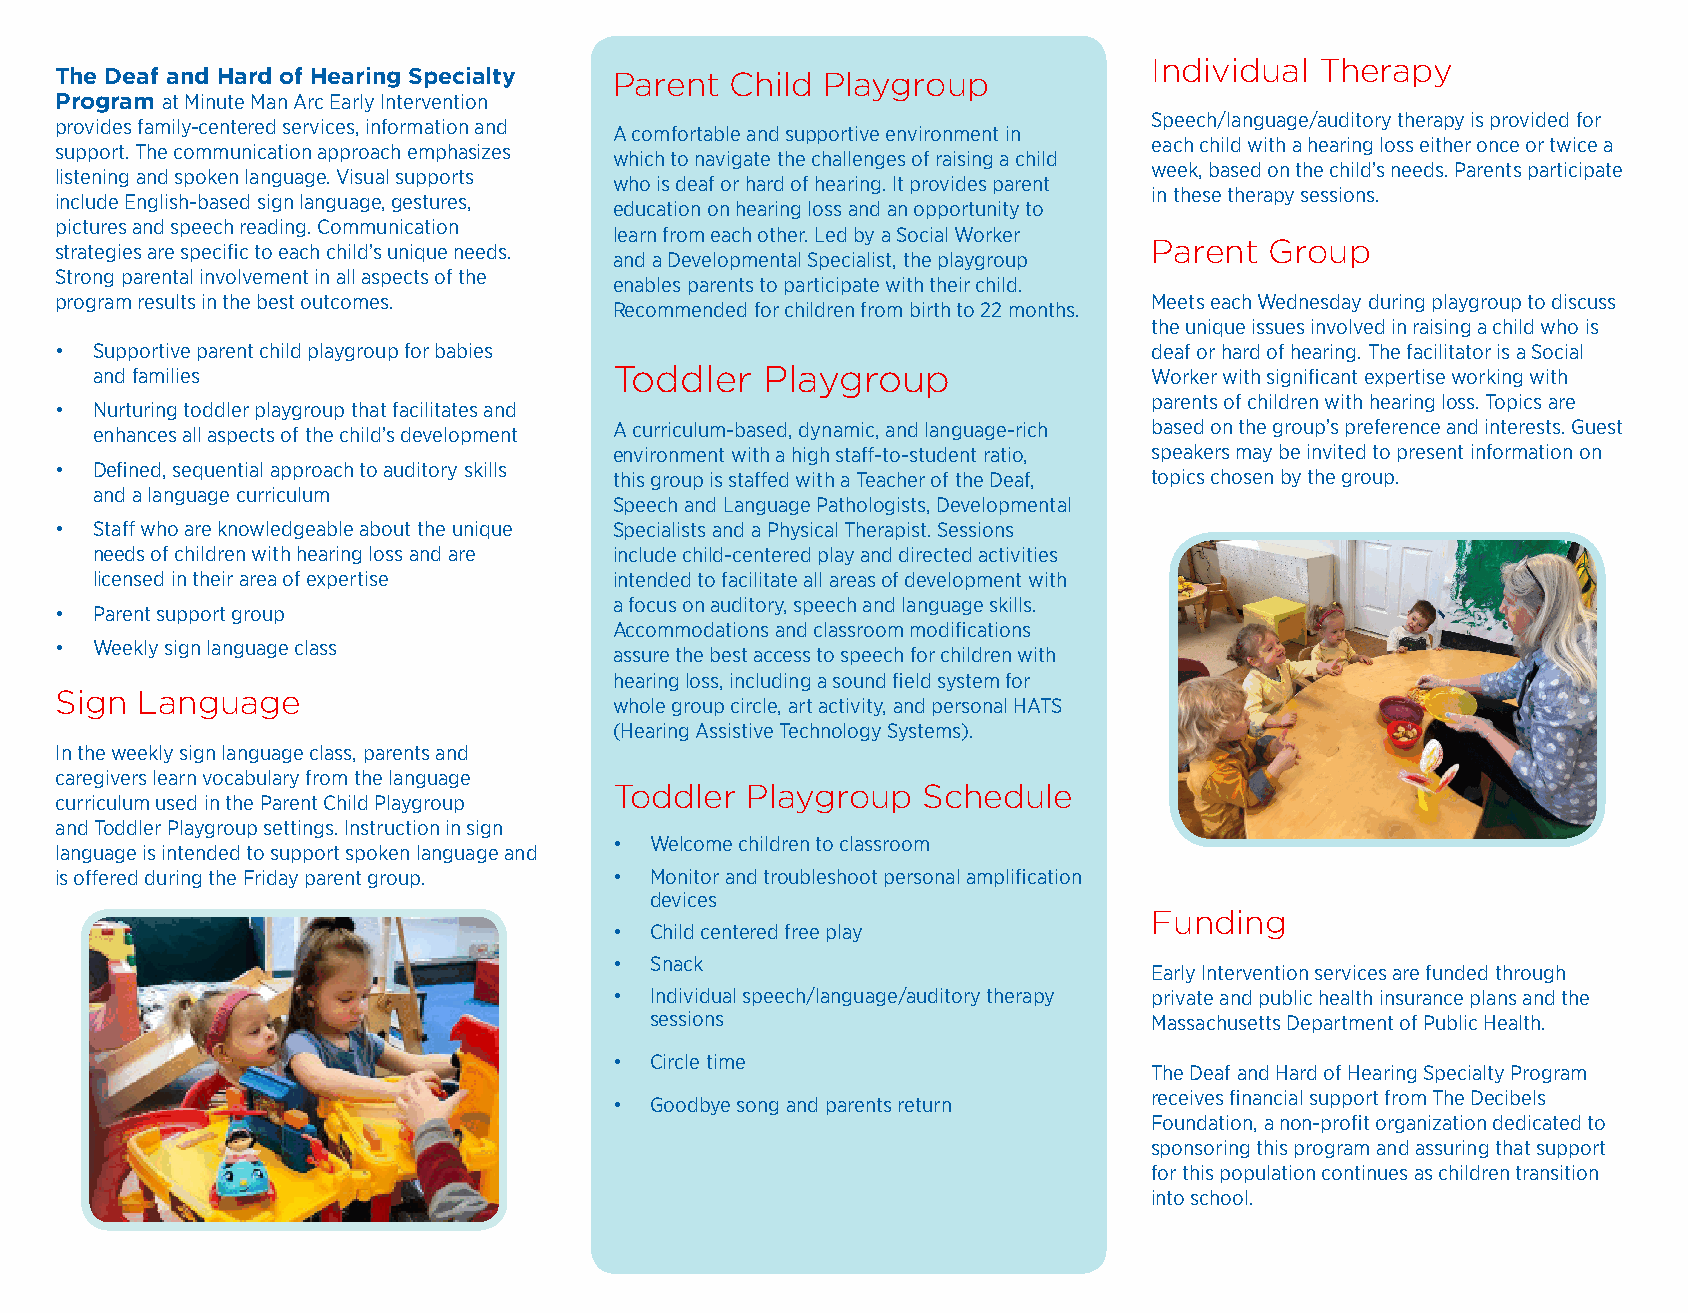
Individual Therapy
 The Deaf and Hard of Hearing Specialty Parent Child Playgroup
 Program at Minute Man Arc Early Intervention
 Speech/language/auditory therapy is provided for
 provides family-centered services, information and
 A comfortable and supportive environment in
 each child with a hearing loss either once or twice a
 support. The communication approach emphasizes
 which to navigate the challenges of raising a child
 week, based on the child’s needs. Parents participate
 listening and spoken language. Visual supports
 who is deaf or hard of hearing. It provides parent
 in these therapy sessions.
 include English-based sign language, gestures,
 education on hearing loss and an opportunity to
 pictures and speech reading. Communication
 learn from each other. Led by a Social Worker
 Parent  Group
 strategies are specific to each child’s unique needs.
 and a Developmental Specialist, the playgroup
 Strong parental involvement in all aspects of the
 enables parents to participate with their child.
 program results in the best outcomes.                                   Meets each Wednesday during playgroup to discuss
 Recommended for children from birth to 22 months.
 the unique issues involved in raising a child who is
 • Supportive parent child playgroup for babies                          deaf or hard of hearing. The facilitator is a Social
 Toddler  Playgroup
 and families                                                          Worker with significant expertise working with
 parents of children with hearing loss. Topics are
 • Nurturing toddler playgroup that facilitates and
 enhances all aspects of the child’s development A curriculum-based, dynamic, and language-rich based on the group’s preference and interests. Guest
 environment with a high staff-to-student ratio, speakers may be invited to present information on
 • Defined, sequential approach to auditory skills
 this group is staffed with a Teacher of the Deaf, topics chosen by the group.
 and a language curriculum
 Speech and Language Pathologists, Developmental
 • Staff who are knowledgeable about the unique Specialists and a Physical Therapist. Sessions
 needs of children with hearing loss and are include child-centered play and directed activities
 licensed in their area of expertise intended to facilitate all areas of development with
 a focus on auditory, speech and language skills.
 • Parent support group
 Accommodations and classroom modifications
 • Weekly sign language class
 assure the best access to speech for children with
 hearing loss, including a sound field system for
 Sign Language
 whole group circle, art activity, and personal HATS
 (Hearing Assistive Technology Systems).
 In the weekly sign language class, parents and
 caregivers learn vocabulary from the language
 Toddler Playgroup   Schedule
 curriculum used in the Parent Child Playgroup
 and Toddler Playgroup settings. Instruction in sign
 • Welcome children to classroom
 language is intended to support spoken language and
 is offered during the Friday parent group. • Monitor and troubleshoot personal amplification
 devices
 Funding
 • Child centered free play
 • Snack
 Early Intervention services are funded through
 • Individual speech/language/auditory therapy private and public health insurance plans and the
 sessions                         Massachusetts Department of Public Health.
 • Circle time
 The Deaf and Hard of Hearing Specialty Program
 receives financial support from The Decibels
 • Goodbye song and parents return
 Foundation, a non-profit organization dedicated to
 sponsoring this program and assuring that support
 for this population continues as children transition
 into school.